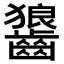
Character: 𮯏